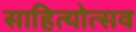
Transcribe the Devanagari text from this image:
साहित्योत्सव